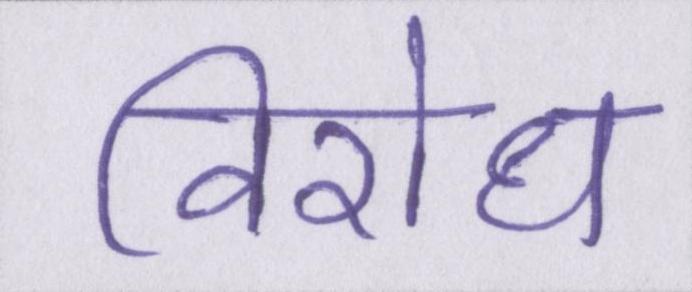
विरोध